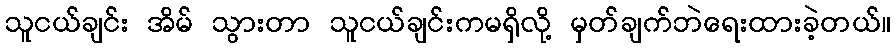
သူငယ်ချင်း အိမ် သွားတာ သူငယ်ချင်းကမရှိလို့ မှတ်ချက်ဘဲရေးထားခဲ့တယ်။